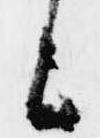
候